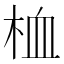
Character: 桖